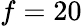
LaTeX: f=20